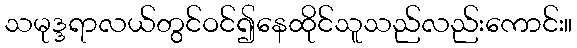
သမုဒ္ဒရာလယ်တွင်ဝင်၍နေထိုင်သူသည်လည်းကောင်း။